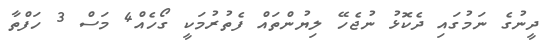
ދީނުގެ ނަމުގައި ދެކޮޅު ނުޖެހޭ ލިޔުންތައް ފެތުރުމަކީ ގޯހެއް4 މަސް 3 ހަފްތާ